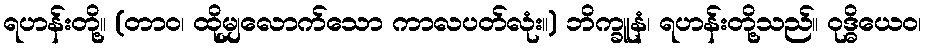
ရဟန်းတို့။ (တာဝ၊ ထိုမျှလောက်သော ကာလပတ်လုံး။) ဘိက္ခူနံ၊ ရဟန်းတို့သည်။ ဝုဒ္ဓိယေဝ၊